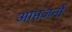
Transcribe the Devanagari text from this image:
आप्तजनों